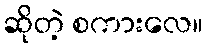
ဆိုတဲ့ စကားလေ။